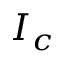
I _ { c }